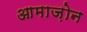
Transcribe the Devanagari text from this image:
आमाज़ोन